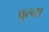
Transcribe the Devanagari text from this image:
वुल्व्स